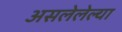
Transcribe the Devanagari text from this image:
असलेलेल्या